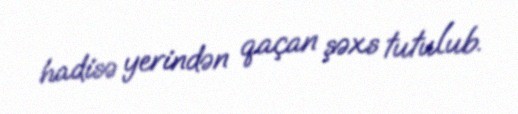
hadisə yerindən qaçan şəxs tutulub.